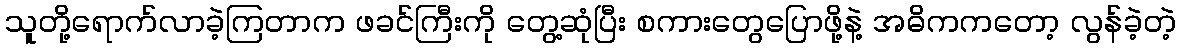
သူတို့ရောက်လာခဲ့ကြတာက ဖခင်ကြီးကို တွေ့ဆုံပြီး စကားတွေပြောဖို့နဲ့ အဓိကကတော့ လွန်ခဲ့တဲ့